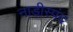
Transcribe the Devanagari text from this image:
नाड़ीस्पंद